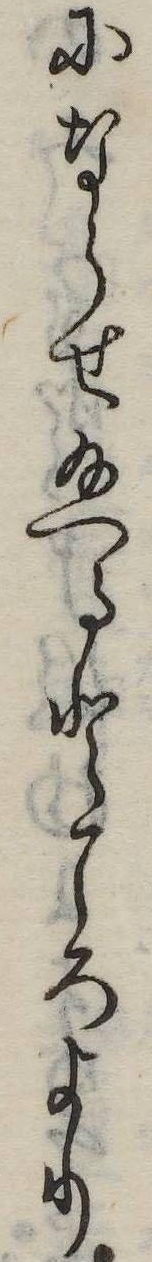
にならせ給へるところより